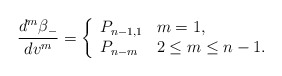
\begin{align*} \frac{d^m\beta_-}{dv^m}=\left\{ \begin{array}{ll} P_{n-1,1} & m=1,\\ P_{n-m} & 2\leq m\leq n-1. \end{array}\right.\end{align*}